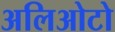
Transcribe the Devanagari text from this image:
अलिओटो